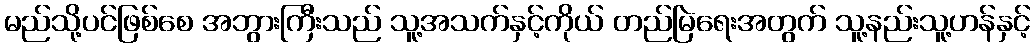
မည်သို့ပင်ဖြစ်စေ အဘွားကြီးသည် သူ့အသက်နှင့်ကိုယ် တည်မြဲရေးအတွက် သူ့နည်းသူ့ဟန်နှင့်